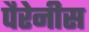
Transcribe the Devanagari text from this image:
पैरेनीस